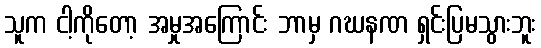
သူက ငါ့ကိုတော့ အမှုအကြောင်း ဘာမှ ဂဃနဏ ရှင်းပြမသွားဘူး